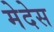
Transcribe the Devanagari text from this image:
मेदेस